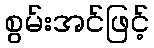
စွမ်းအင်ဖြင့်